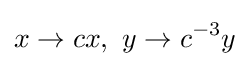
x\rightarrow cx,\ y\rightarrow c^{-3}y